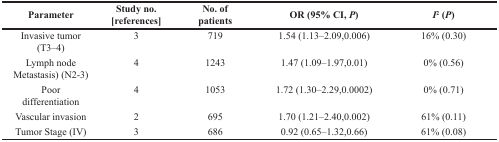
<table><thead><tr><td><b>Parameter</b></td><td><b>Study no. [references]</b></td><td><b>No. of patients</b></td><td><b>OR (95% CI, <i>P</i>)</b></td><td><b><i>I</i><sup>2</sup> (<i>P</i>)</b></td></tr></thead><tbody><tr><td>Invasive tumor (T3–4)</td><td>3</td><td>719</td><td>1.54 (1.13–2.09,0.006)</td><td>16% (0.30)</td></tr><tr><td>Lymph node Metastasis) (N2-3)</td><td>4</td><td>1243</td><td>1.47 (1.09–1.97,0.01)</td><td>0% (0.56)</td></tr><tr><td>Poor differentiation</td><td>4</td><td>1053</td><td>1.72 (1.30–2.29,0.0002)</td><td>0% (0.71)</td></tr><tr><td>Vascular invasion</td><td>2</td><td>695</td><td>1.70 (1.21–2.40,0.002)</td><td>61% (0.11)</td></tr><tr><td>Tumor Stage (IV)</td><td>3</td><td>686</td><td>0.92 (0.65–1.32,0.66)</td><td>61% (0.08)</td></tr></tbody></table>